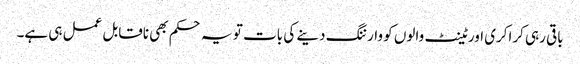
باقی رہی کراکری اور ٹینٹ والوں کو وارننگ دینے کی بات تو یہ حکم بھی ناقابل عمل ہی ہے۔